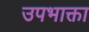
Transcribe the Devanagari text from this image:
उपभाक्ता